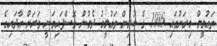
ތަޢުލީމް މިރަށުގައި 1986 ގެ ކުރިން ތަޢުލީމު ދެމުން ގޮސްފައިވަނީ ވަރަށް އާދައިގެ